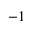
^ { - 1 }